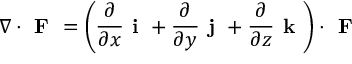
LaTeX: \nabla \cdot { \textbf { F } } = \left( { \frac { \partial } { \partial x } } { \textbf { i } } + { \frac { \partial } { \partial y } } { \textbf { j } } + { \frac { \partial } { \partial z } } { \textbf { k } } \right) \cdot { \textbf { F } }